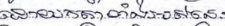
ដោយកត្តាទាំងអស់នេះ